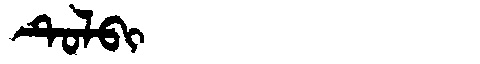
Manchu: ᡨᡠᠯᠪᡳ
Romanization: TULBI